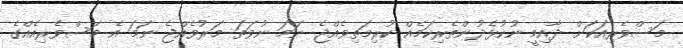
މަސްވެރިއަކަށް ދާއިމީ ނުކުޅެދުންތެރިކަމެއް ކުރިމަތިވެެއްޖެ ނަމަ ނުވަތަ މަރުވެއްޖެ ނަމަ އެ މަސްވެރިއެއްގެ